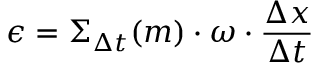
\epsilon = \Sigma _ { \Delta t } ( m ) \cdot \omega \cdot \frac { \Delta x } { \Delta t }